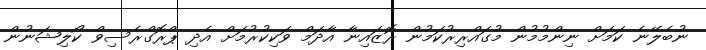
ނުބެލޭނެ ކަމަށް ނިންމުމުން މުގައްރިރުކަމުން ރޮޒައިނާ އާދަމް ވަކިކުރުމަށް އެދި ޕްރޮގްރެސިވް ކޯލިޝަނުން